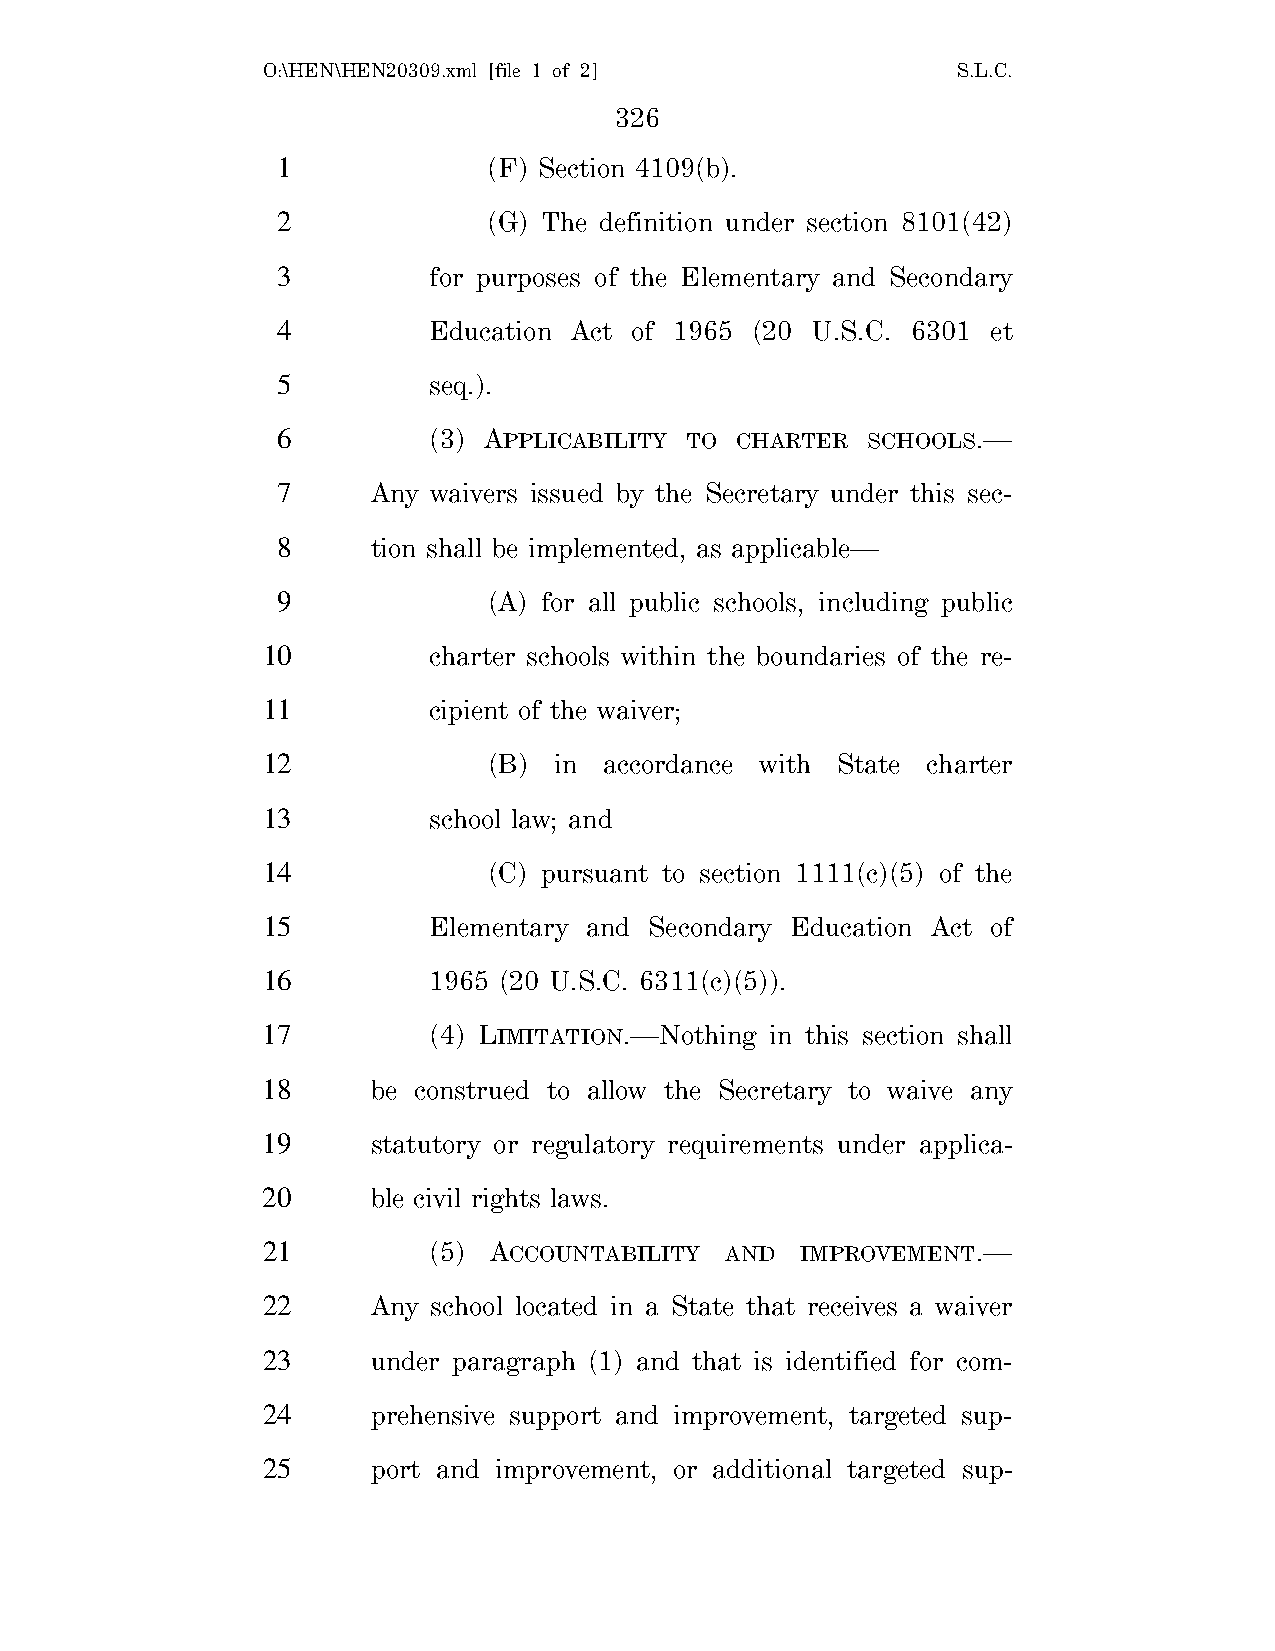
O:\HEN\HEN20309.xml [file 1 of 2]             S.L.C.
 326
 1             (F) Section 4109(b).
 2             (G) The definition under section 8101(42)
 3         for purposes of the Elementary and Secondary
 4         Education Act of 1965 (20 U.S.C. 6301 et
 5         seq.).
 6         (3) APPLICABILITY TO CHARTER SCHOOLS.—
 7      Any waivers issued by the Secretary under this sec-
 8      tion shall be implemented, as applicable—
 9             (A) for all public schools, including public
 10         charter schools within the boundaries of the re-
 11         cipient of the waiver;
 12             (B)  in accordance with State charter
 13         school law; and
 14             (C) pursuant to section 1111(c)(5) of the
 15         Elementary and Secondary Education Act of
 16         1965 (20 U.S.C. 6311(c)(5)).
 17         (4) LIMITATION.—Nothing in this section shall
 18      be construed to allow the Secretary to waive any
 19      statutory or regulatory requirements under applica-
 20      ble civil rights laws.
 21         (5) ACCOUNTABILITY  AND  IMPROVEMENT.—
 22      Any school located in a State that receives a waiver
 23      under paragraph (1) and that is identified for com-
 24      prehensive support and improvement, targeted sup-
 25      port and improvement, or additional targeted sup-